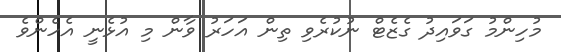
މުހިންމު ގަވައިދު ގެޒެޓް ނުކުރެވި ތިން އަހަރު ވާން މި އުޅެނީ އެހެންވެ